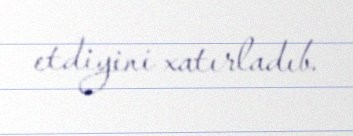
etdiyini xatırladıb.